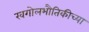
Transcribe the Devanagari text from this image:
खगोलभौतिकीच्या